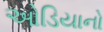
ઓડિયાનો